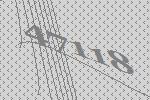
47118